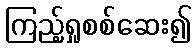
ကြည့်ရှုစစ်ဆေး၍